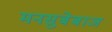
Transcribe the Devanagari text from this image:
मनसुबेबाज